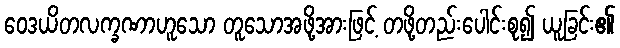
ဝေဒယိတလက္ခဏာဟူသော တူသောအဖို့အားဖြင့် တဖို့တည်းပေါင်းစု၍ ယူခြင်း၏